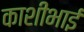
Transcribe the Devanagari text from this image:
काशीभाई